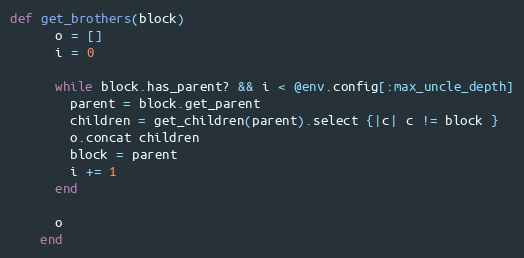
Language: Ruby
def get_brothers(block)
      o = []
      i = 0

      while block.has_parent? && i < @env.config[:max_uncle_depth]
        parent = block.get_parent
        children = get_children(parent).select {|c| c != block }
        o.concat children
        block = parent
        i += 1
      end

      o
    end